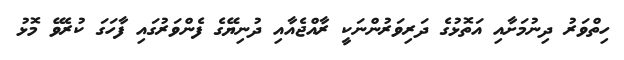
ހިތްވަރު ދިނުމަށާއި އަތޮޅުގެ ދަރިވަރުންނަކީ ރާއްޖެއާއި ދުނިޔޭގެ ފެންވަރުގައި ފާހަގަ ކުރެވޭ މޮޅު